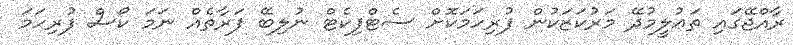
ރާއްޖޭގައި ތަޢުލީމުދޭ މަރުކަޒަކުން ފުރިހަމަކޮށް ސެޓްފިކެޓް ނުލިބޭ ފަރާތެއް ނަމަ ކޯސް ފުރިހަމަ